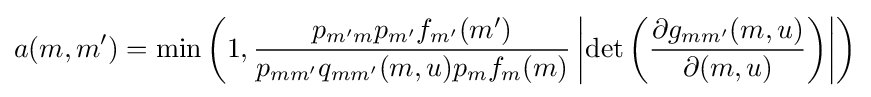
a(m,m')=\min \left(1,{\frac {p_{m'm}p_{m'}f_{m'}(m')}{p_{mm'}q_{mm'}(m,u)p_{m}f_{m}(m)}}\left|\det \left({\frac {\partial g_{mm'}(m,u)}{\partial (m,u)}}\right)\right|\right)